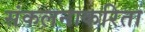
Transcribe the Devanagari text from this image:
संकलनाकरिता